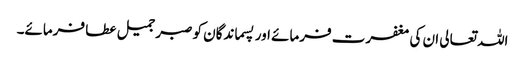
اللہ تعالی ان کی مغفرت فرمائے اور پسماندگان کو صبر جمیل عطا فرمائے۔